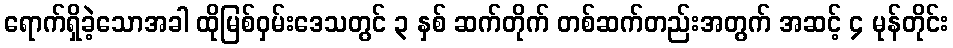
ရောက်ရှိခဲ့သောအခါ ထိုမြစ်ဝှမ်းဒေသတွင် ၃ နှစ် ဆက်တိုက် တစ်ဆက်တည်းအတွက် အဆင့် ၄ မုန်တိုင်း